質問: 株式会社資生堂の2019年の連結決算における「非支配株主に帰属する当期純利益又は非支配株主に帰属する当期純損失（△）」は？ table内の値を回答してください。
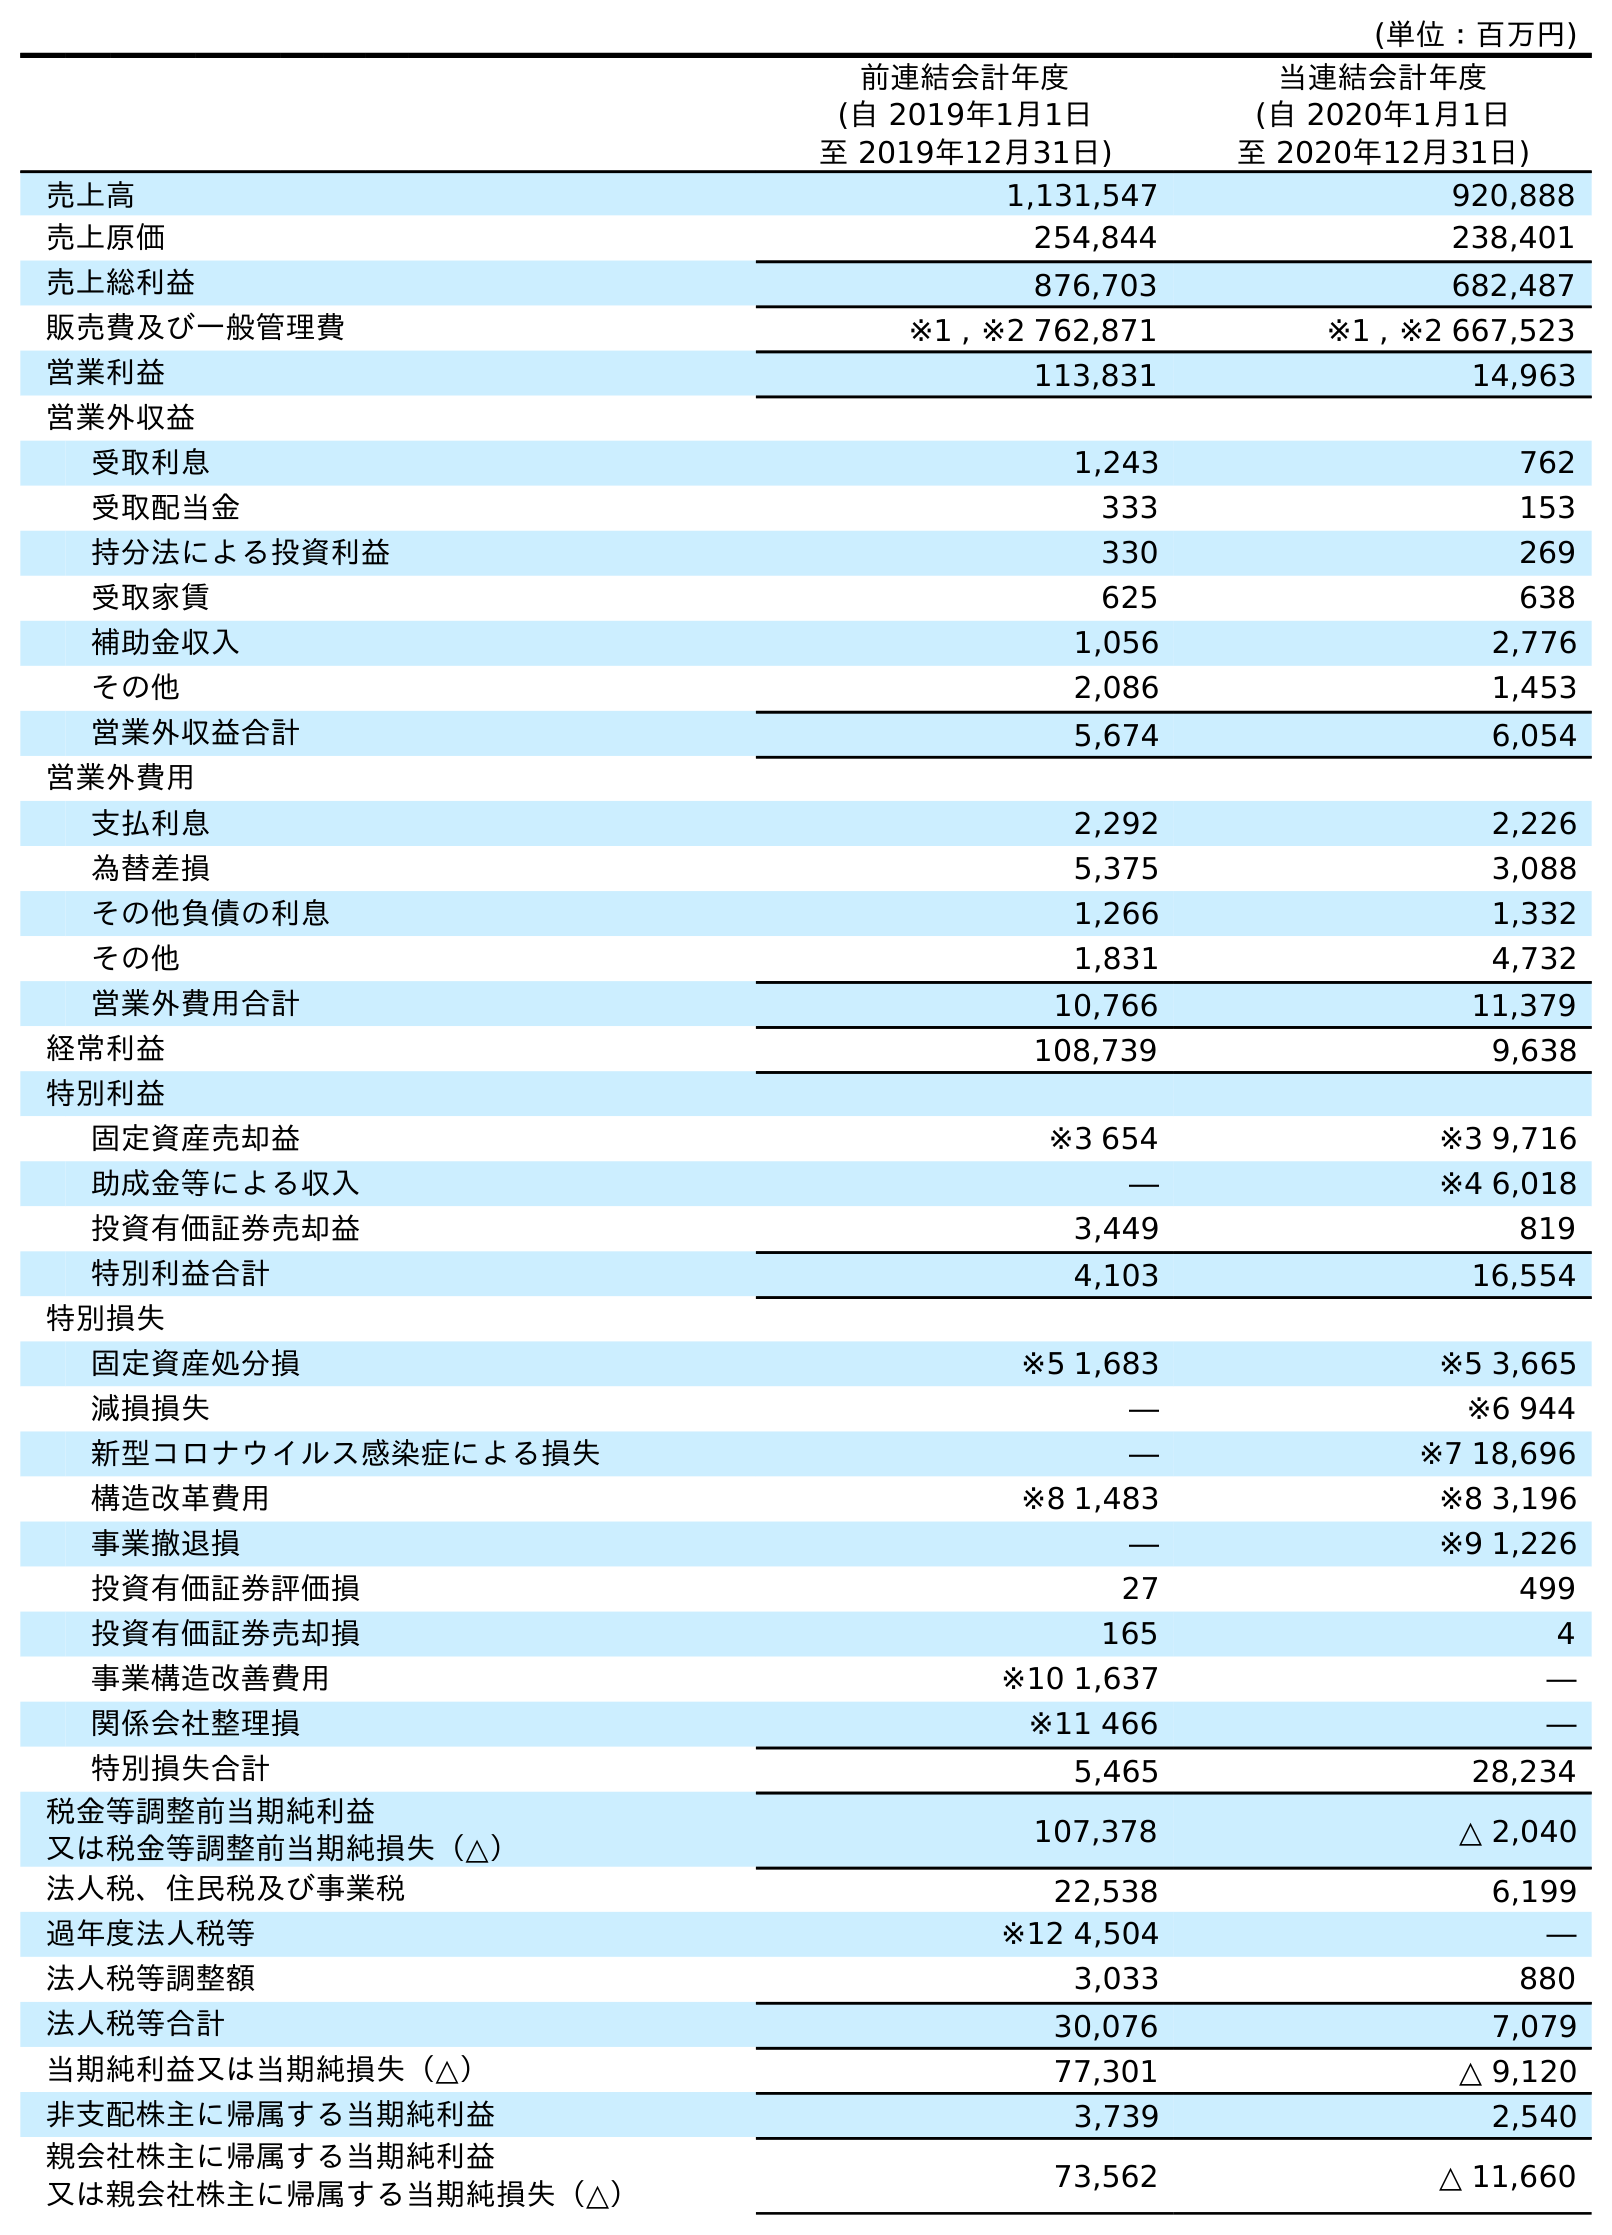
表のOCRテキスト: (単位：百万円) 前連結会計年度 (自 2019年1月1日 至 2019年12月31日) 当連結会計年度 (自 2020年1月1日 至 2020年12月31日) 売上高 1,131,547 920,888 売上原価 254,844 238,401 売上総利益 876,703 682,487 販売費及び一般管理費 ※1 , ※2 762,871 ※1 , ※2 667,523 営業利益 113,831 14,963 営業外収益 受取利息 1,243 762 受取配当金 333 153 持分法による投資利益 330 269 受取家賃 625 638 補助金収入 1,056 2,776 その他 2,086 1,453 営業外収益合計 5,674 6,054 営業外費用 支払利息 2,292 2,226 為替差損 5,375 3,088 その他負債の利息 1,266 1,332 その他 1,831 4,732 営業外費用合計 10,766 11,379 経常利益 108,739 9,638 特別利益 固定資産売却益 ※3 654 ※3 9,716 助成金等による収入 ― ※4 6,018 投資有価証券売却益 3,449 819 特別利益合計 4,103 16,554 特別損失 固定資産処分損 ※5 1,683 ※5 3,665 減損損失 ― ※6 944 新型コロナウイルス感染症による損失 ― ※7 18,696 構造改革費用 ※8 1,483 ※8 3,196 事業撤退損 ― ※9 1,226 投資有価証券評価損 27 499 投資有価証券売却損 165 4 事業構造改善費用 ※10 1,637 ― 関係会社整理損 ※11 466 ― 特別損失合計 5,465 28,234 税金等調整前当期純利益 又は税金等調整前当期純損失（△） 107,378 △ 2,040 法人税、住民税及び事業税 22,538 6,199 過年度法人税等 ※12 4,504 ― 法人税等調整額 3,033 880 法人税等合計 30,076 7,079 当期純利益又は当期純損失（△） 77,301 △ 9,120 非支配株主に帰属する当期純利益 3,739 2,540 親会社株主に帰属する当期純利益 又は親会社株主に帰属する当期純損失（△） 73,562 △ 11,660
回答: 3,739